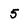
Character: 5